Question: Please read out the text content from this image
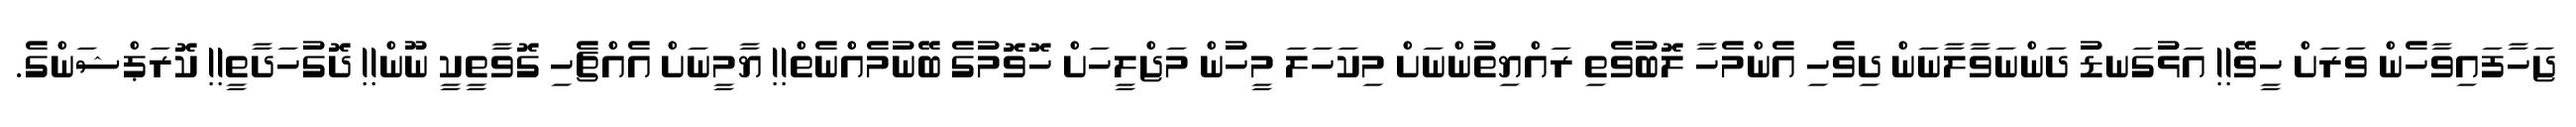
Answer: ޖަހާފައިވާހެން ވަރަށް ހީވޭ!! އަޅުގަނޑު ދަންނަވާލާނަން ދިވެހި އެންމެހާ ލޮބުވެތި ރައްޔިތުންނަށް މިކަހަލަ މީހުން މަޖްލީހަށް ހޮވޮމުގެ ބޭނުމެއްނެތް!! ޔާމީނަށް އެއްޗެހި ގޮވާތީކީ ނޫން!! ދޮގުހަދާތީ!! ކޮރަޕްޝަންގެ.